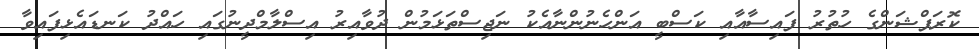
ކޮރަޕްޝަންގެ ހުތުރު ފައިސާއާއި ކަސްބީ އަންހެނުންނާއެކު ނަޖިސްތަޅަމުން ދުވާއިރު އިސްލާމްދީނުގައި ހައްދު ކަނޑައެޅިފައިވާ